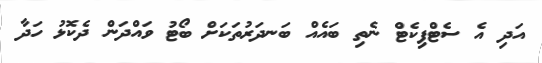
އަދި އެ ސެޓްފިކެޓް ނެތި ބައެއް ބަނދަރުތަކަށް ބޯޓު ވައްދަން ދެކޮޅު ހަދާ